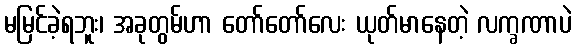
မမြင်ခဲ့ရဘူး၊ အခုတွမ်ဟာ တော်တော်လေး ယုတ်မာနေတဲ့ လက္ခဏာပဲ